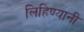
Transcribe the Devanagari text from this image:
लिहिण्यानी